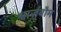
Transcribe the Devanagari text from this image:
श्वार्ज़बौम